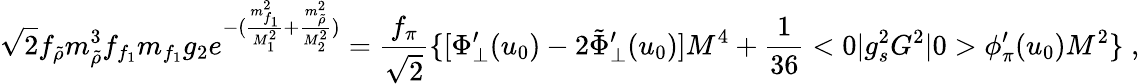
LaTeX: \sqrt{2}f_{\tilde{\rho}}m_{\tilde{\rho}}^{3}f_{f_{1}}m_{f_{1}}g_{2}e^{-({\frac{m_{f_{1}}^{2}}{M_{1}^{2}}}+{\frac{m_{\tilde{\rho}}^{2}}{M_{2}^{2}}})}={\frac{f_{\pi}}{\sqrt{2}}}\{ [\Phi_{\bot}^{\prime}(u_{0})-2{\tilde{\Phi}}_{\bot}^{\prime}(u_{0})]M^{4}+{\frac{1}{36}}<0|g_{s}^{2}G^{2}|0>\phi_{\pi}^{\prime}(u_{0})M^{2}\} \; ,